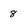
Character: 8